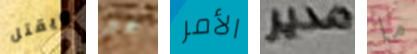
ويقتل هو الأمر مدير ما